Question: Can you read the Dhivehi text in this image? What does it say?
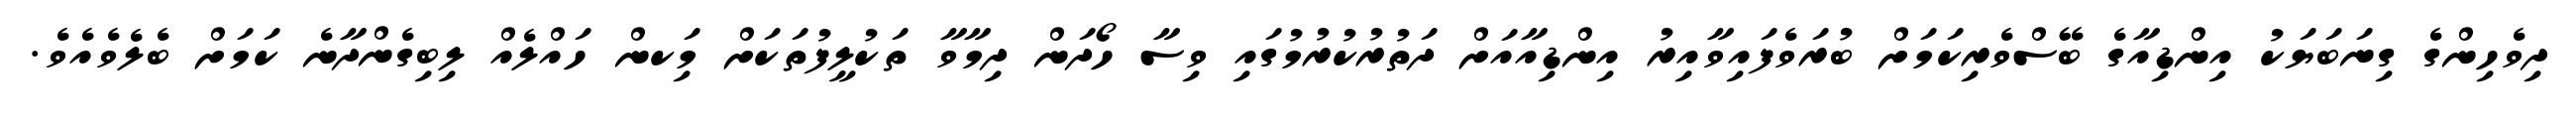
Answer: ދިވެހިންގެ ގިނަބަޔަކު އިންޑިއާގެ ބޭސްވެރިކަމަށް ބުރަވެފައިވާއިރު އިންޑިއާއަށް ދަތުރުކުރުމުގައި ވިސާ ހޯދަން ދިމާވާ ތަކުލީފުތަކަށް މިަކން ހައްލެއް ލިބިގެންދާނެ ކަމަށް ބެލެވެއެވެ.